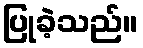
ပြုခဲ့သည်။